Burma Government Medical School reports 1923-41
Year: 1923
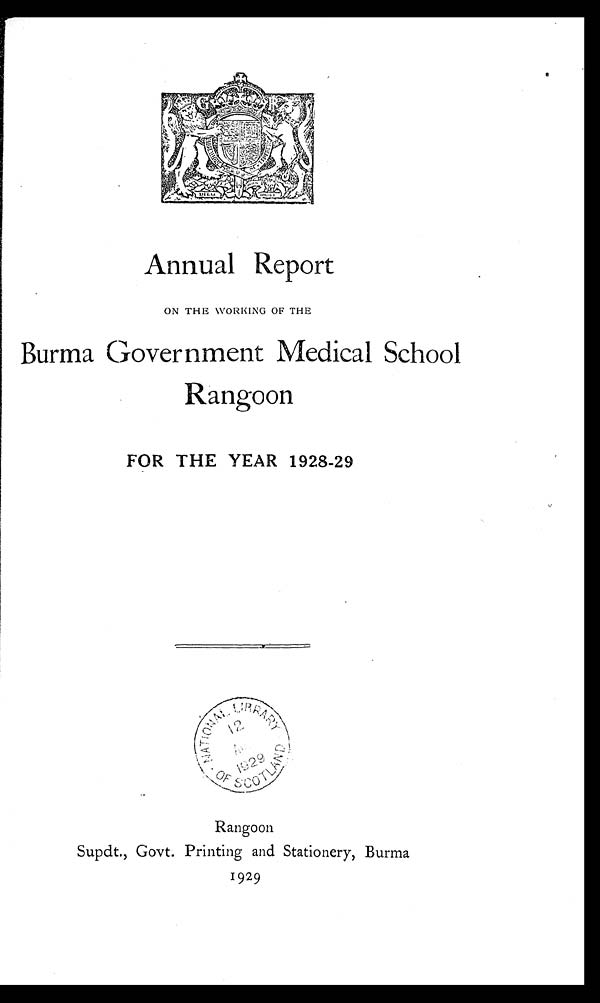
Annual Report
ON THE WORKING OF THE
Burma Government Medical School
Rangoon
FOR THE YEAR 1928-29
Rangoon
Supdt., Govt. Printing and Stationery, Burma
1929